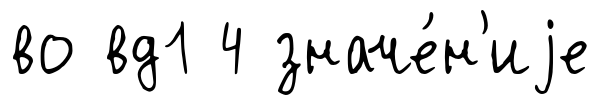
во вд1 4 значе́н'иjе